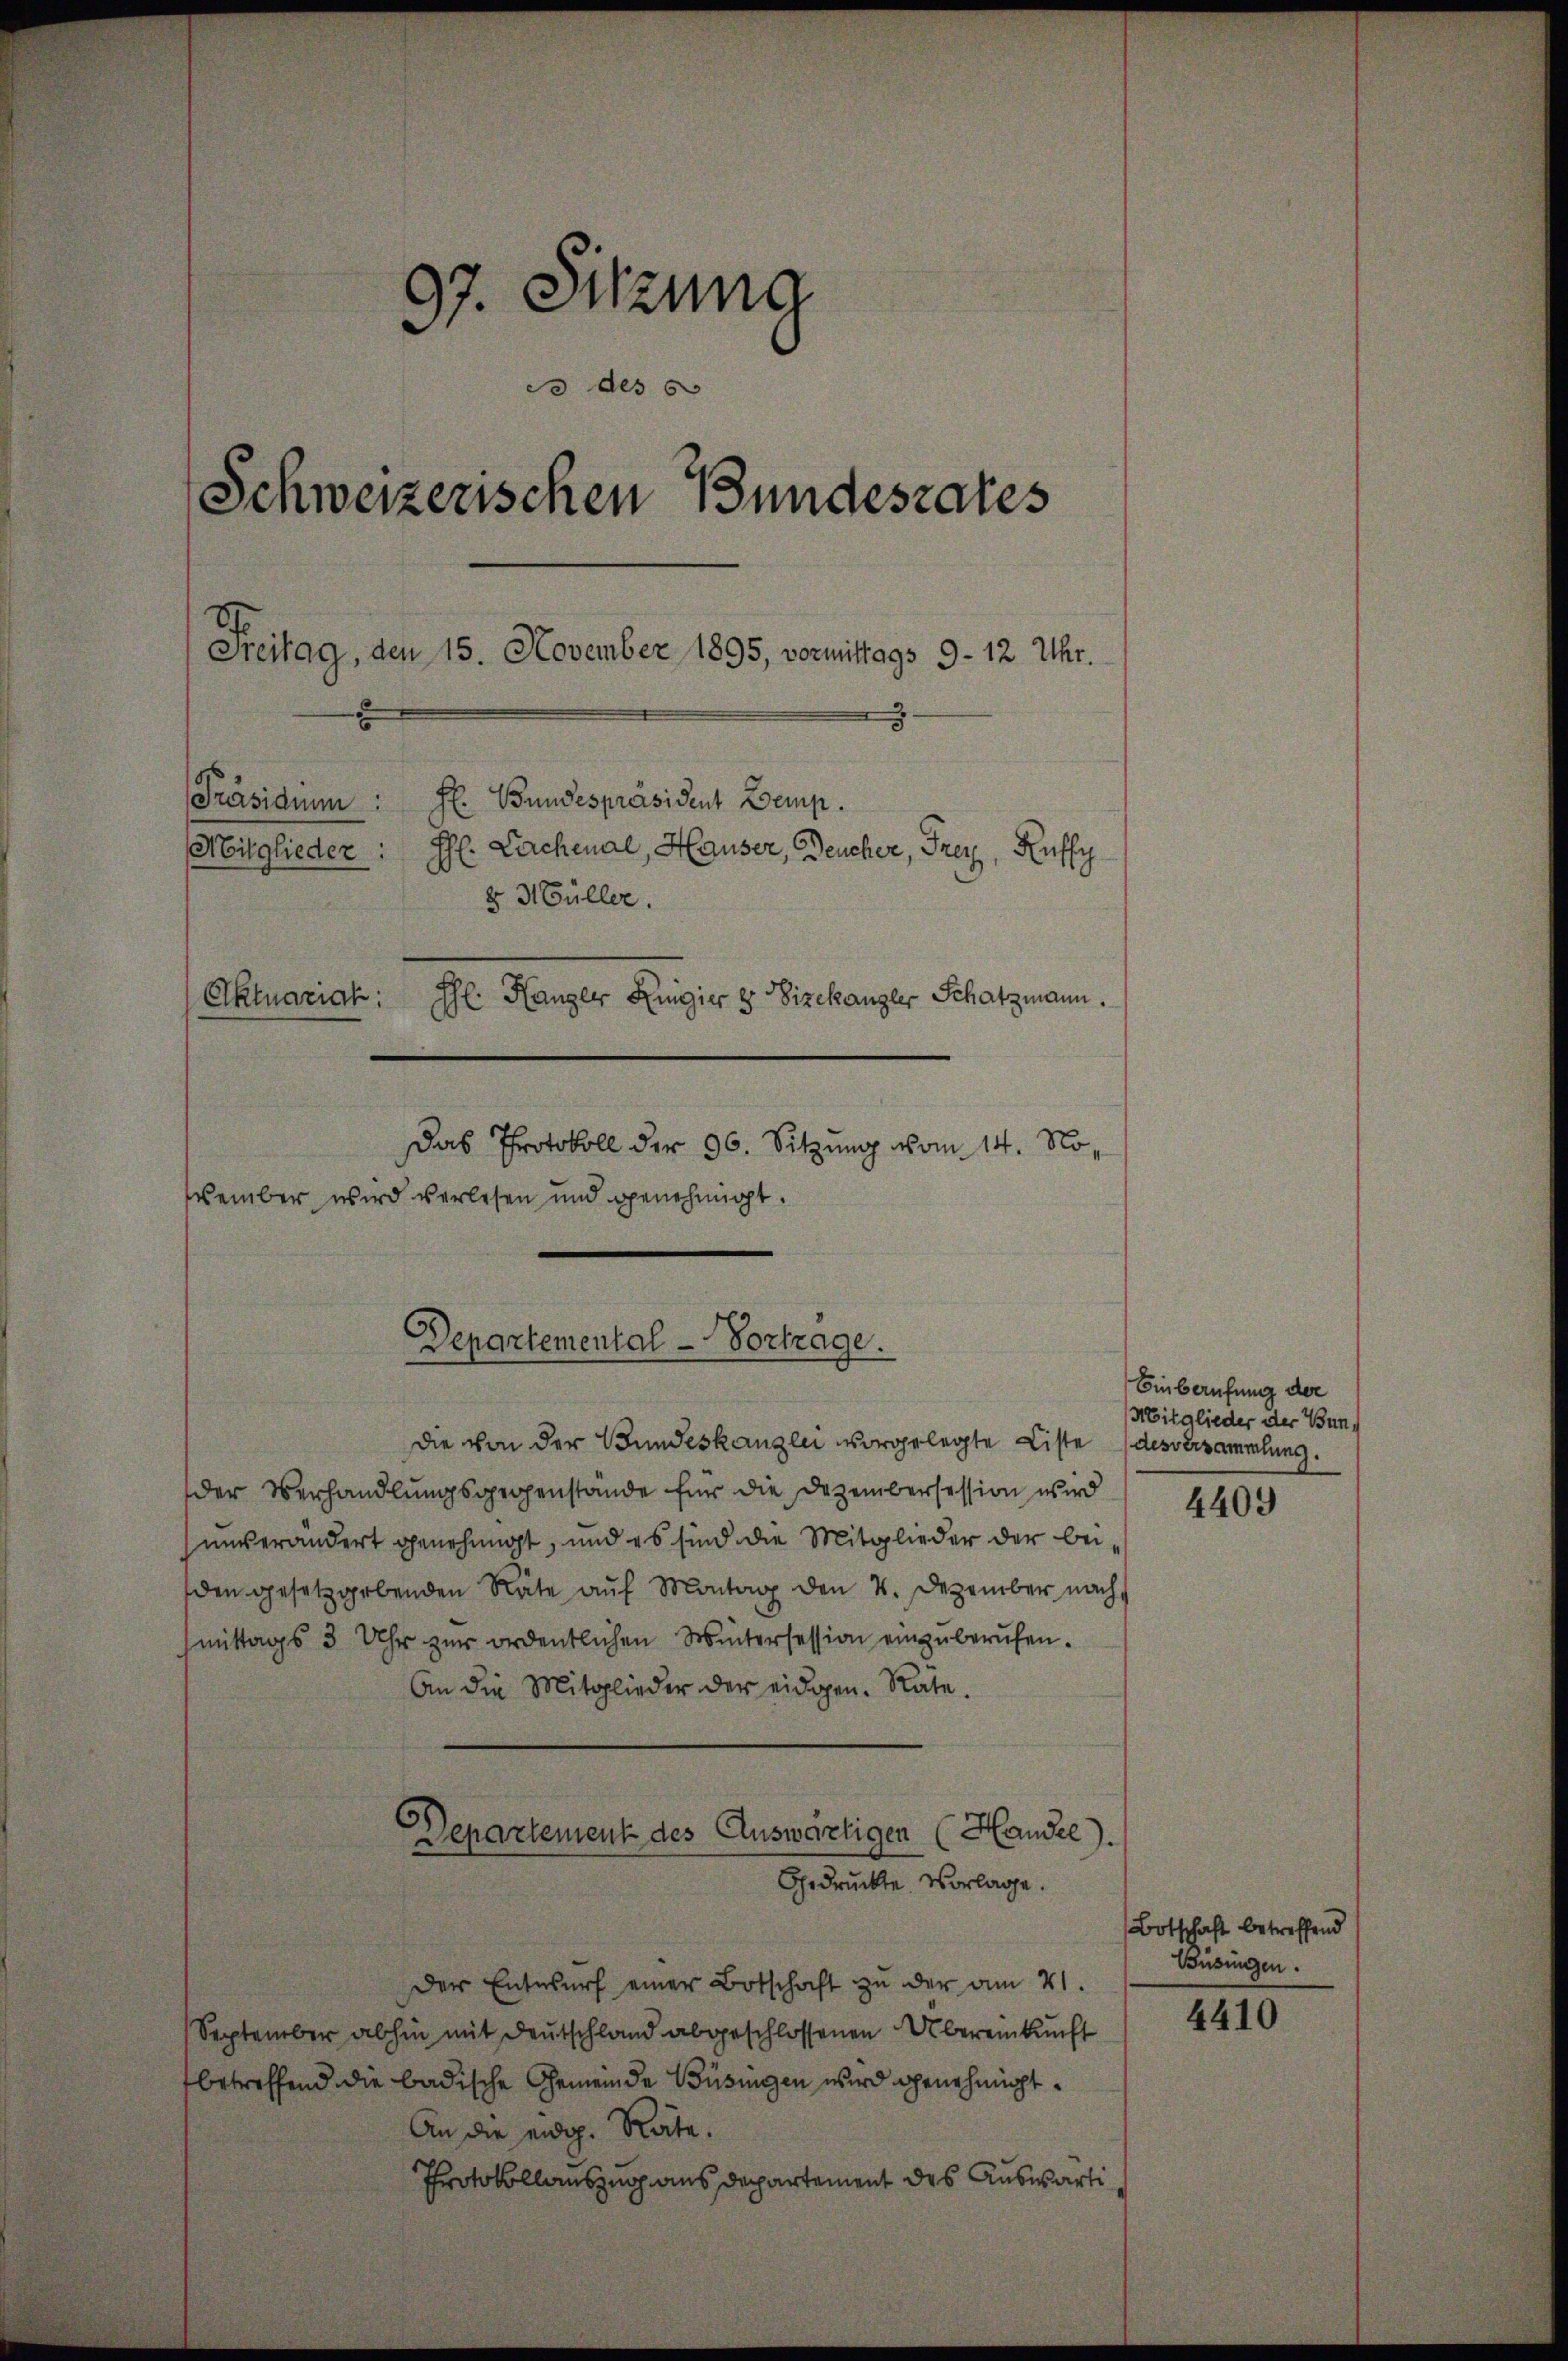
97. Sitzung
c des
Schweizerischen Bundesrates
Freitag, den 15. November 1895, vormittags 9 - 12 Uhr.
Präsiden: F. Bundespräsident Zemp.
l. Lachenal, Hauser, Deucher, Frey, Ruffy
Mitglieder:
v Müller.
Aktuariak:
Phl. Hanger Ringier u Vizekanzler Schatzmann.
Das Protokoll der 96. Sitzung vom 14. November wird verlesen und genehmigt.

Departemental-Vortrage.

die von der Bundeskanzlei vorgelegte Liste (desversammlung.
der Verhandlungsgegenstände für die Dezembersession wird
unverändert genehmigt, und es sind die Mitglieder der beiden gesetzgebenden Rate auf Montag den 4. Dezember nach
mittags 3 Uhr zur ordentlichen Wintersession einzuberufen.
An die Mitglieder der eidgen. Rate.
Departement des Auswärtigen (Handel).
Gedrückte Vorlage.
Der Entwŭrf einer Botschaft zu der am 21.
September abhin mit Deutschland abgeschlossenen Übereinkunft
betreffend die badische Gemeinde Büsigen wird genehmigt.
An die eidg. Rate.
Protokollauszug aus Departement des Auswärti

Einberufung der
Mitglieder der Bun¬

4409

Botschaft betreffend
Busingen.

4410